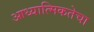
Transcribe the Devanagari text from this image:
आध्यात्मिकतेचा